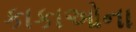
કાકાઓના